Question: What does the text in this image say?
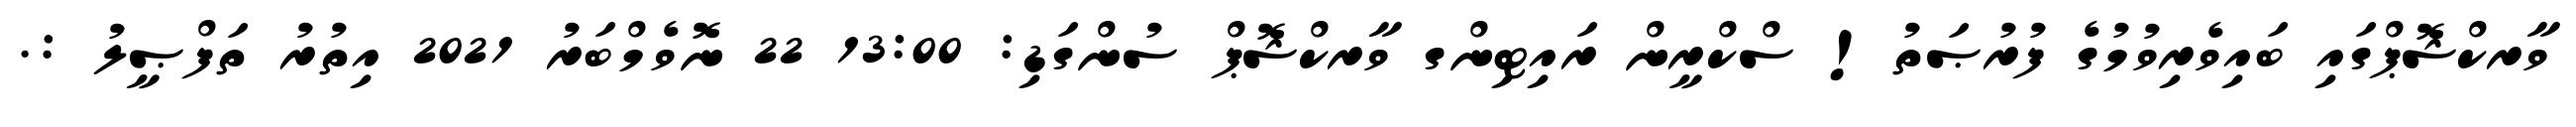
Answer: ވާރކްޝޮޕްގައި ބައިވެރިވުމުގެ ފުރުޞަތު! ސްކްރީން ރައިޓިންގ ވާރކްޝޮޕް ސުންގަޑި: 13:00 22 ނޮވެމްބަރު 2021 އިތުރު ތަފްޞީލު :.